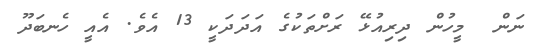
ނަން  މީހުން ދިރިއުޅޭ ރަށްތަކުގެ އަދަދަކީ 13 އެވެ. އެއީ ހެނބަދޫ